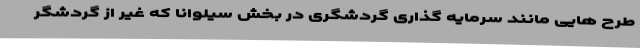
طرح هایی مانند سرمایه گذاری گردشگری در بخش سیلوانا که غیر از گردشگر